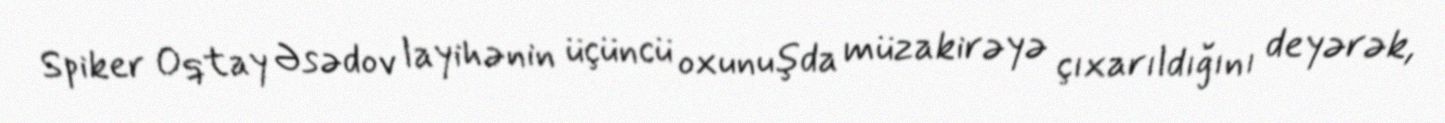
Spiker Oqtay Əsədov layihənin üçüncü oxunuşda müzakirəyə çıxarıldığını deyərək,